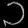
Digit: ၁